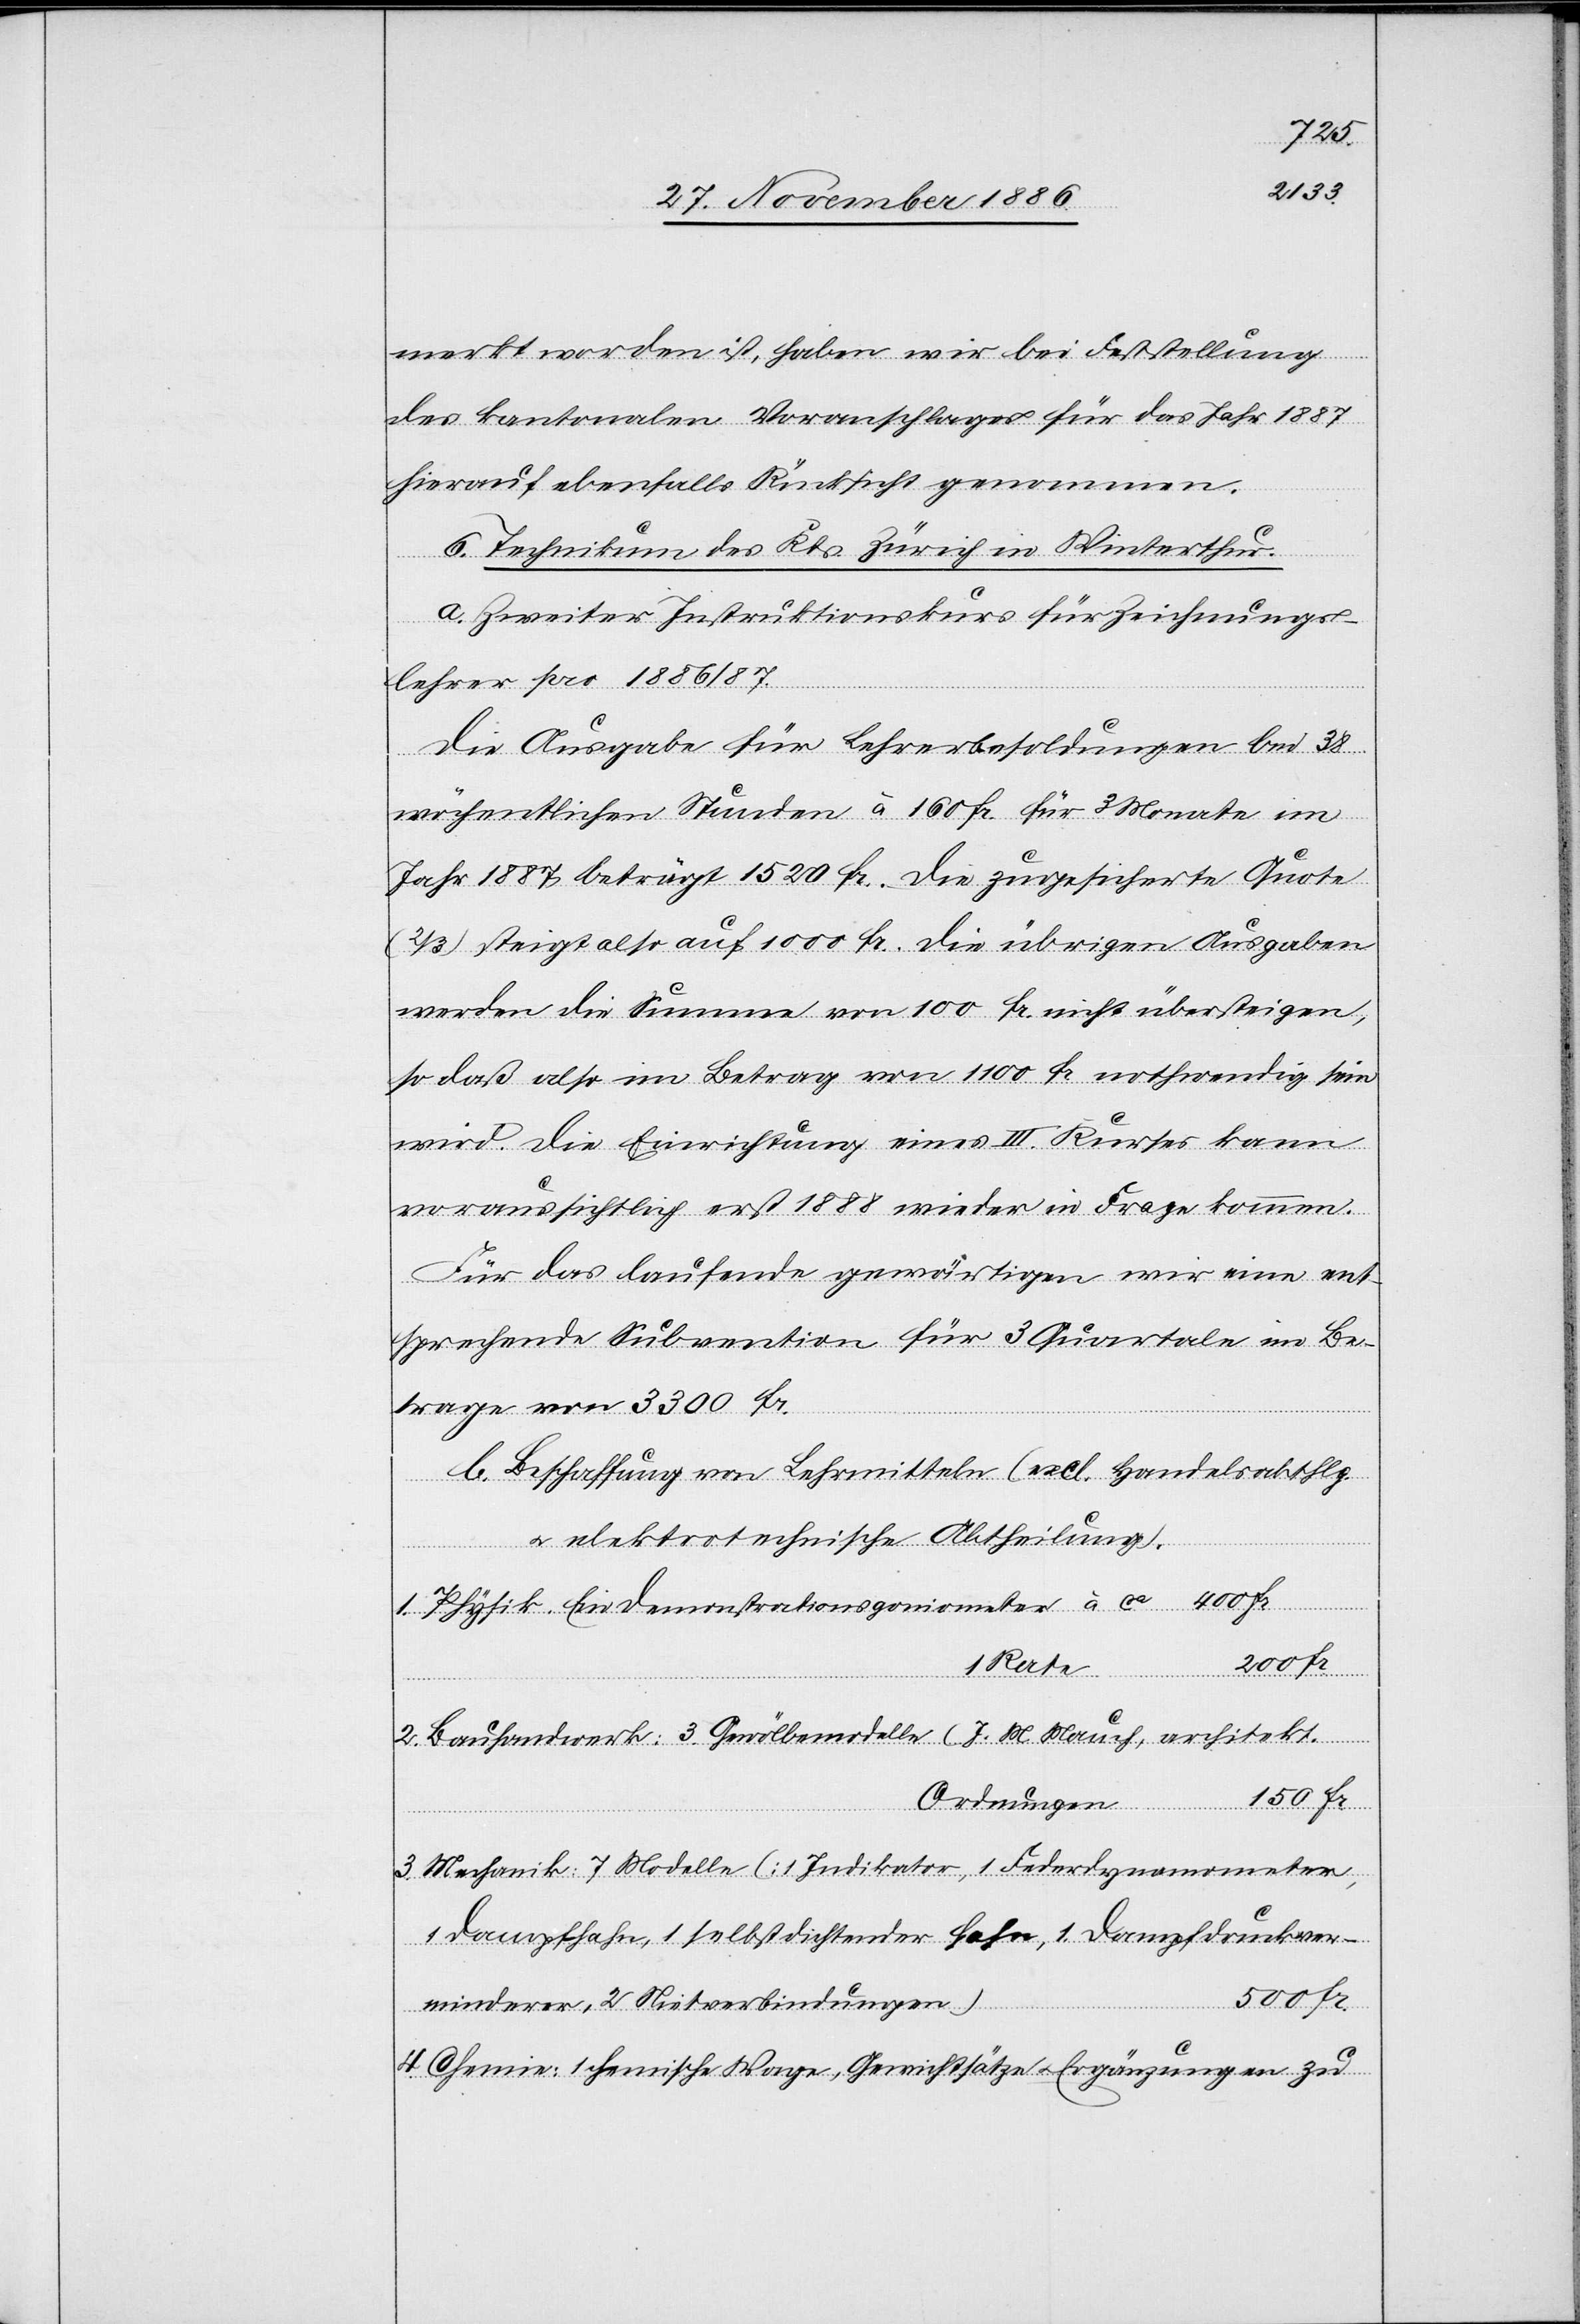
150
merkt worden ist, haben wir bei Feststellung
des kantonalen Voranschlages für das Jahr 1887
herauf ebenfalls Rücksicht genommen.
6. Technikum des Kts. Zürich in Winterthur.
sein
a. Zweiter Instruktionskurs für Zeichnungs¬
lehrer pro 1886/87.
ruckver¬
Die Ausgabe für Lehrerbesoldungen bei 38
wöchentlichen Stunden à 160 Fr. für 3 Monate im
Jahr 1887 beträgt 1520 Fr. Die zugesicherte Quote
(2/3) steigt also auf 1000 Fr. Die übrigen Ausgaben
werden die Summe von 100 Fr. nicht übersteigen,
wird. Die Einrichtung eines III. Kurses kann
voraussichtlich erst 1888 wieder in Frage kommen.
Für das Laufende gewärtigen wir eine ent¬
sprechende Subvention für 3 Quartale im Be¬
trage von 3300 Fr.
b. Beschaffung von Lehrmitteln (excl. Handesabthlg.
& elektrotechnische Abtheilung).
1. Physik. Ein Demonstrationsgoniometer à ca
Fr.
1 Rate
Fr.
2. Bauhandwerk: 3 Gewölbemodelle (J. M. Mauch, architekt.
1100 Fr.
Ordnungen)
3. Mechanik: 7 Modelle (1 Judikator, 1 Federdynamometer,
minderer, 2 Nietverbindungen)
4. Chemie: 1 chemische Wage, Gewichtsätze & Ergänzungen zu